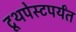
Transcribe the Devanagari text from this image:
टूथपेस्टपर्यंत